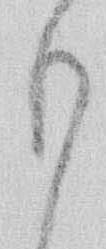
も